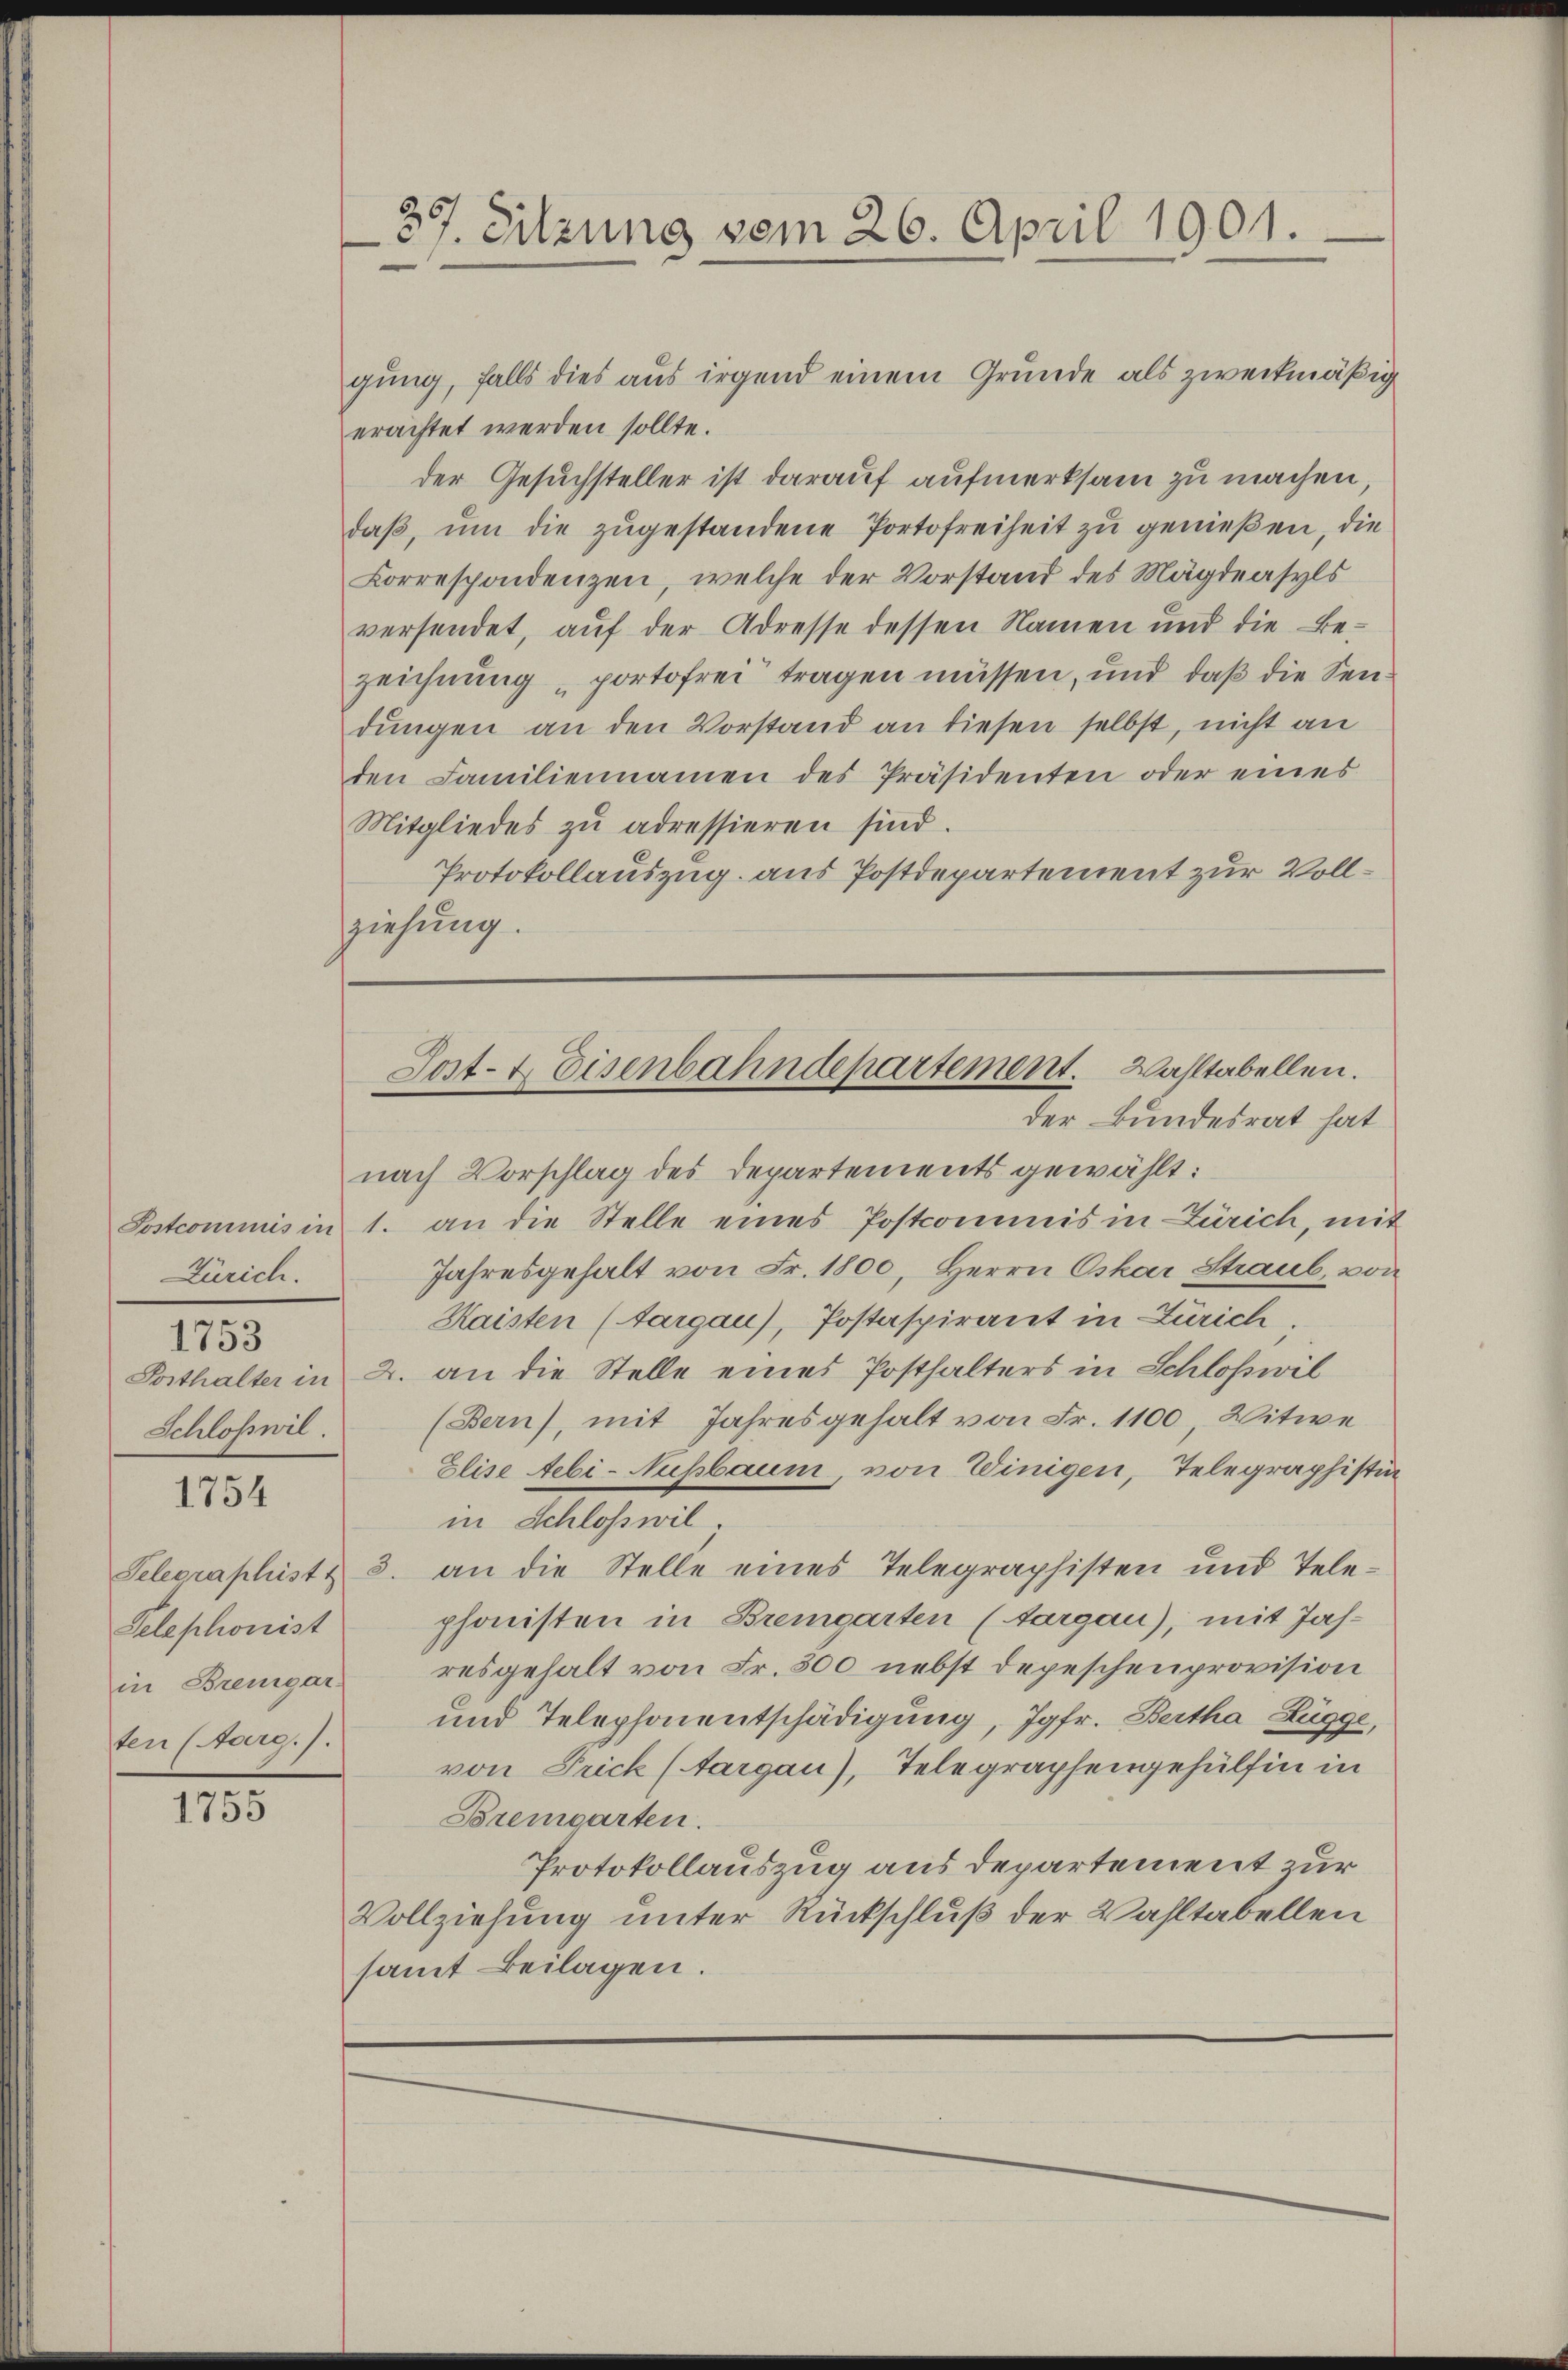
Zürich.
1753
Schloßwil.

1754

Telephonist
in Bremgar
ten (Aarg.).

1755

37. Sitzung vom 26. April 1901.

gung, falls dies aus irgend einem Grunde als zweckmäßig
erachtet werden sollte.
der Gesuchsteller ist darauf aufmerksam zu machen
daβ, ŭm die zugestandene Portofreiheit zu genießen, die
Korrespondenzen, welche der Vorstand des Mägdeasyls
versendet, auf der Adresse dessen Namen und die Be-
zeichnung portofrei tragen müssen, und daß die Sendŭngen an den Vorstand an diesen selbst, nicht an
den Familiennamen des Präsidenten oder eines
Mitgliedes zŭ adressieren sind.
Protokollauszug aus Postdepartement zur Vollziehung.

Sost- & Eisenbahndepartement. Wahltabellen.
der Bundesrat hat

nach Vorschlag des Departements gewählt:
Postcommis in 1. an die Stelle eines Postcommis in Zürich, mit
Jahresgehalt von Fr. 1800, Herrn Oskar Straub, von
Haisten (targau), Postaspirant in Zürich.
Posthalter in 2. an die Stelle eines Posthalters in Schloßwil
(Bern), mit Jahresgehalt von Fr. 1100 Witwe
Elise Aebi-Nussbaum, von Winigen, Telegraphistin
in Schloss wil
Telegraphistz 3. an die Stelle eines Telegraphisten und Tele-
phonisten in Bremgarten (targau), mit Jahresgehalt von Fr. 300 nebst depeschenprovision
und Telephonentschädigung, Jgfr. Bertha Lügge,
von Frick (Aargau), Telegraphengehülfen in
Bremgarten.
Protokollauszug aus departement zur
Vollziehung unter Rückschluß der Wahltabellen
samt Beilagen.